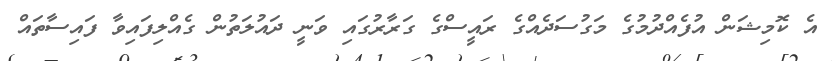
އެ ކޮމިޝަން އުފެއްދުމުގެ މަގުސަދެއްގެ ރައީސްގެ ގަރާރުގައި ވަނީ ދައުލަތުން ގެއްލިފައިވާ ފައިސާތައް